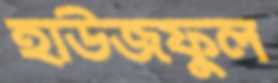
হাউজফুল